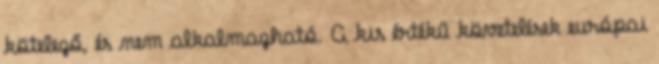
kötelező, és nem alkalmazható. A kis értékű követelések európai